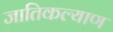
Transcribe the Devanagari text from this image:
जातिकल्याण